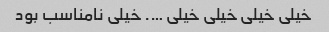
خیلی خیلی خیلی خیلی …. خیلی نامناسب بود